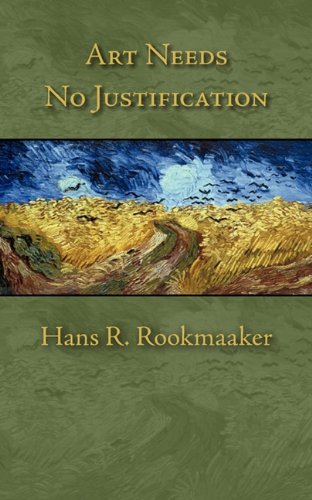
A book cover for Art Needs No Justification; Hans R Rookmaaker; Christian Books & Bibles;